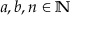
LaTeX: a , b , n \in \mathbb { N }